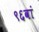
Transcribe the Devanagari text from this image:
९६वां